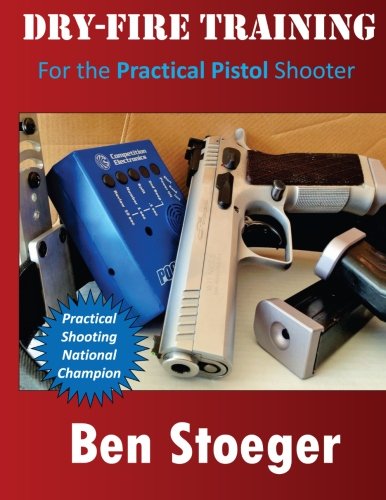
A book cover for Dry-Fire Training: For the Practical Pistol Shooter; Ben Stoeger; Sports & Outdoors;